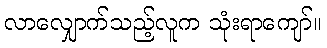
လာလျှောက်သည့်လူက သုံးရာကျော်။